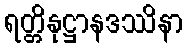
ရတ္တိနုဋ္ဌာနဒဿိနာ